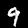
Label: 9